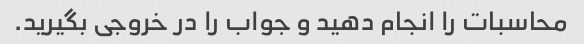
محاسبات را انجام دهید و جواب را در خروجی بگیرید.